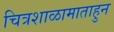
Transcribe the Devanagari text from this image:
चित्रशाळामाताहुन